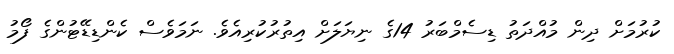
ކުރުމަށް ދިން މުއްދަތު ޑިސެމްބަރު 14ގެ ނިޔަލަށް އިތުރުކުރިއެވެ. ނަމަވެސް ކެންޑިޑޭޓުންގެ ފޯމު